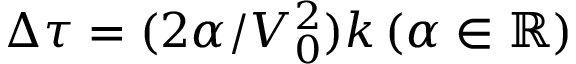
\Delta \tau = ( 2 \alpha / V _ { 0 } ^ { 2 } ) k \, ( \alpha \in \mathbb { R } )